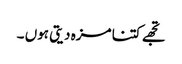
تجھے کتنا مزہ دیتی ہوں ۔